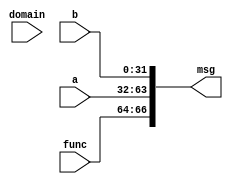
//========================================================================
// plab1-imul-msgs : Integer Multiplier/Divider Request Message
//========================================================================
// A multiplier/divider request message contains input data and the
// desired operation and is sent to a multipler/divider unit. The unit
// will respond with a multiplier/divider response message.
//
// Message Format:
//
//   66  64 63       32 31        0
//  +------+-----------+-----------+
//  | func | operand b | operand a |
//  +------+-----------+-----------+
//

`ifndef PLAB1_IMUL_MSGS_V
`define PLAB1_IMUL_MSGS_V

//------------------------------------------------------------------------
// Message defines
//------------------------------------------------------------------------

// Size of message

`define PLAB1_IMUL_MULDIV_REQ_MSG_NBITS         67

// Size and enums for each field

`define PLAB1_IMUL_MULDIV_REQ_MSG_FUNC_NBITS     3
`define PLAB1_IMUL_MULDIV_REQ_MSG_FUNC_MUL    3'd0
`define PLAB1_IMUL_MULDIV_REQ_MSG_FUNC_DIV    3'd1
`define PLAB1_IMUL_MULDIV_REQ_MSG_FUNC_DIVU   3'd2
`define PLAB1_IMUL_MULDIV_REQ_MSG_FUNC_REM    3'd3
`define PLAB1_IMUL_MULDIV_REQ_MSG_FUNC_REMU   3'd4
`define PLAB1_IMUL_MULDIV_REQ_MSG_FUNC_X      3'dx

`define PLAB1_IMUL_MULDIV_REQ_MSG_A_NBITS      32
`define PLAB1_IMUL_MULDIV_REQ_MSG_B_NBITS      32

// Location of each field

`define PLAB1_IMUL_MULDIV_REQ_MSG_FUNC_FIELD  66:64
`define PLAB1_IMUL_MULDIV_REQ_MSG_A_FIELD     63:32
`define PLAB1_IMUL_MULDIV_REQ_MSG_B_FIELD     31:0

//------------------------------------------------------------------------
// Pack message
//------------------------------------------------------------------------

module plab1_imul_MulDivReqMsgPack
(
  input                                              domain, 
  // Unpacked message

  input [`PLAB1_IMUL_MULDIV_REQ_MSG_FUNC_NBITS-1:0]  func,
  input [`PLAB1_IMUL_MULDIV_REQ_MSG_A_NBITS-1:0]     a,
  input [`PLAB1_IMUL_MULDIV_REQ_MSG_B_NBITS-1:0]     b,

  // Packed message

  output [`PLAB1_IMUL_MULDIV_REQ_MSG_NBITS-1:0]      msg
);

  assign msg[`PLAB1_IMUL_MULDIV_REQ_MSG_FUNC_FIELD] = func;
  assign msg[`PLAB1_IMUL_MULDIV_REQ_MSG_A_FIELD]    = a;
  assign msg[`PLAB1_IMUL_MULDIV_REQ_MSG_B_FIELD]    = b;

endmodule

//------------------------------------------------------------------------
// Unpack message
//------------------------------------------------------------------------

module plab1_imul_MulDivReqMsgUnpack
(
  // Packed message

  input  [`PLAB1_IMUL_MULDIV_REQ_MSG_NBITS-1:0]      msg,

  // Unpacked message

  output [`PLAB1_IMUL_MULDIV_REQ_MSG_FUNC_NBITS-1:0] func,
  output [`PLAB1_IMUL_MULDIV_REQ_MSG_A_NBITS-1:0]    a,
  output [`PLAB1_IMUL_MULDIV_REQ_MSG_B_NBITS-1:0]    b
);

  assign a    = msg[`PLAB1_IMUL_MULDIV_REQ_MSG_A_FIELD];
  assign b    = msg[`PLAB1_IMUL_MULDIV_REQ_MSG_B_FIELD];
  assign func = msg[`PLAB1_IMUL_MULDIV_REQ_MSG_FUNC_FIELD];

endmodule

//------------------------------------------------------------------------
// Convert message to string
//------------------------------------------------------------------------

module plab1_imul_MulDivReqMsgTrace
(
  input                                        clk,
  input                                        reset,
  input                                        val,
  input                                        rdy,
  input [`PLAB1_IMUL_MULDIV_REQ_MSG_NBITS-1:0] msg
);

  // Local constants

  localparam c_mul  = `PLAB1_IMUL_MULDIV_REQ_MSG_FUNC_MUL;
  localparam c_div  = `PLAB1_IMUL_MULDIV_REQ_MSG_FUNC_DIV;
  localparam c_divu = `PLAB1_IMUL_MULDIV_REQ_MSG_FUNC_DIVU;
  localparam c_rem  = `PLAB1_IMUL_MULDIV_REQ_MSG_FUNC_REM;
  localparam c_remu = `PLAB1_IMUL_MULDIV_REQ_MSG_FUNC_REMU;

  // Extract fields

  wire [`PLAB1_IMUL_MULDIV_REQ_MSG_FUNC_NBITS-1:0] func
    = msg[`PLAB1_IMUL_MULDIV_REQ_MSG_FUNC_FIELD];

  wire [`PLAB1_IMUL_MULDIV_REQ_MSG_A_NBITS-1:0] a
    = msg[`PLAB1_IMUL_MULDIV_REQ_MSG_A_FIELD];

  wire [`PLAB1_IMUL_MULDIV_REQ_MSG_B_NBITS-1:0] b
    = msg[`PLAB1_IMUL_MULDIV_REQ_MSG_B_FIELD];

  // Line tracing

//  `include "vc-trace-tasks.v"
//
//  reg [8*4-1:0] func_str;
//  reg [(4+`VC_TRACE_NBITS_TO_NCHARS(32)*2+2)*8-1:0] str;
//  task trace_module( inout [vc_trace_nbits-1:0] trace );
//  begin
//
//    if ( func === `PLAB1_IMUL_MULDIV_REQ_MSG_FUNC_NBITS'bx )
//      func_str = "xxxx";
//    else begin
//      case ( func )
//        c_mul   : func_str = "mul_";
//        c_div   : func_str = "div_";
//        c_divu  : func_str = "divu";
//        c_rem   : func_str = "rem_";
//        c_remu  : func_str = "remu";
//        default : func_str = "????";
//      endcase
//    end
//
//    $sformat( str, "%s:%x:%x", func_str, a, b );
//    vc_trace_str_val_rdy( trace, val, rdy, str );
//
//  end
//  endtask
//
endmodule

`endif /* PLAB1_IMUL_MULDIV_MSGS_V */